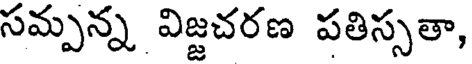
సమ్పన్న విజ్జచరణ పతిస్సతా,